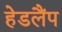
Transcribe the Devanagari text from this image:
हेडलैंप